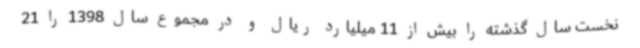
نخست سال گذشته را بیش از 11 میلیارد ریال و در مجموع سال 1398 را 21